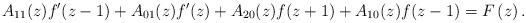
LaTeX: \begin{align*}A_{11}(z)f^{\prime }(z-1)+A_{01}(z)f^{\prime}(z)+A_{20}(z)f(z+1)+A_{10}(z)f(z-1)=F\left( z\right) . \end{align*}